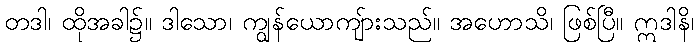
တဒါ၊ ထိုအခါ၌။ ဒါသော၊ ကျွန်ယောကျ်ားသည်။ အဟောသိ၊ ဖြစ်ပြီ။ ဣဒါနိ၊